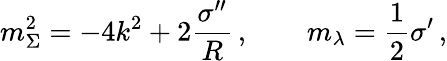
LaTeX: m_{\Sigma}^{2}=-4k^{2}+2\frac{\sigma^{\prime\prime}}{R}\, ,\qquad m_{\lambda}=\frac{1}{2}\sigma^{\prime}\, ,